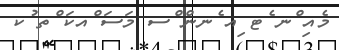
މެއި ްނ ެޓ ިއ ެނން ްސ މަސަ ްއކަ ްތ ުކ